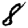
Digit: 8